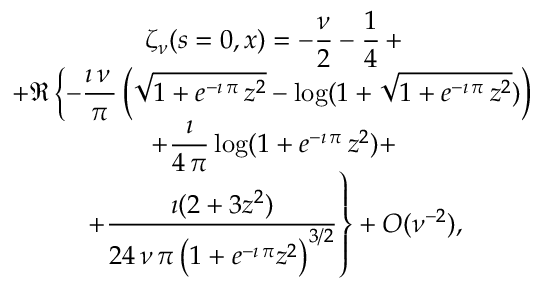
\begin{array} { c } { { \zeta _ { \nu } ( s = 0 , x ) = \displaystyle { { - { \frac { \nu } { 2 } } - \frac { 1 } { 4 } } \, + } } } \\ { { \displaystyle { + \Re \left\{ - { \frac { \imath \, \nu \, } { \pi } } \left( { \sqrt { 1 + { e ^ { - \imath \, \pi } } \, { z ^ { 2 } } } } - \log ( 1 + { \sqrt { 1 + { e ^ { - \imath \, \pi } } \, { z ^ { 2 } } } } ) \right) \right. } } } \\ { { \displaystyle { \left. + { \frac { \imath } { 4 \, \pi } } \log ( 1 + { e ^ { - \imath \, \pi } } \, { z ^ { 2 } } ) + \right. } } } \\ { { \displaystyle { \left. + { \frac { \imath ( 2 + 3 z ^ { 2 } ) } { 2 4 \, \nu \, \pi \, { { \left( 1 + { e ^ { - \imath \, \pi } } { z ^ { 2 } } \right) } ^ { 3 / 2 } } } } \right\} + { \cal O } ( \nu ^ { - 2 } ) } , } } \end{array}